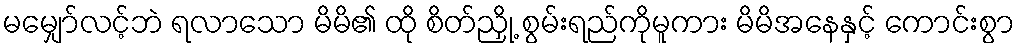
မမျှော်လင့်ဘဲ ရလာသော မိမိ၏ ထို စိတ်ညှို့ စွမ်းရည်ကိုမူကား မိမိအနေနှင့် ကောင်းစွာ